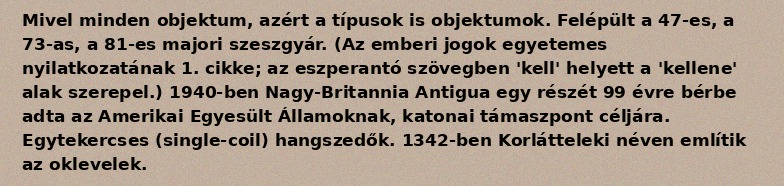
Mivel minden objektum, azért a típusok is objektumok. Felépült a 47-es, a 73-as, a 81-es majori szeszgyár. (Az emberi jogok egyetemes nyilatkozatának 1. cikke; az eszperantó szövegben 'kell' helyett a 'kellene' alak szerepel.) 1940-ben Nagy-Britannia Antigua egy részét 99 évre bérbe adta az Amerikai Egyesült Államoknak, katonai támaszpont céljára. Egytekercses (single-coil) hangszedők. 1342-ben Korlátteleki néven említik az oklevelek.